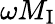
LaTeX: \omega M_{\mathrm{I}}